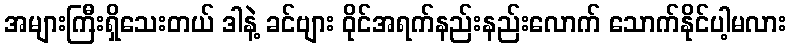
အများကြီးရှိသေးတယ် ဒါနဲ့ ခင်ဗျား ဝိုင်အရက်နည်းနည်းလောက် သောက်နိုင်ပါ့မလား